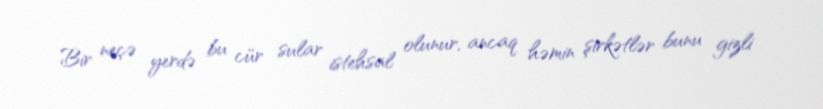
Bir neçə yerdə bu cür sular istehsal olunur, ancaq həmin şirkətlər bunu gizli